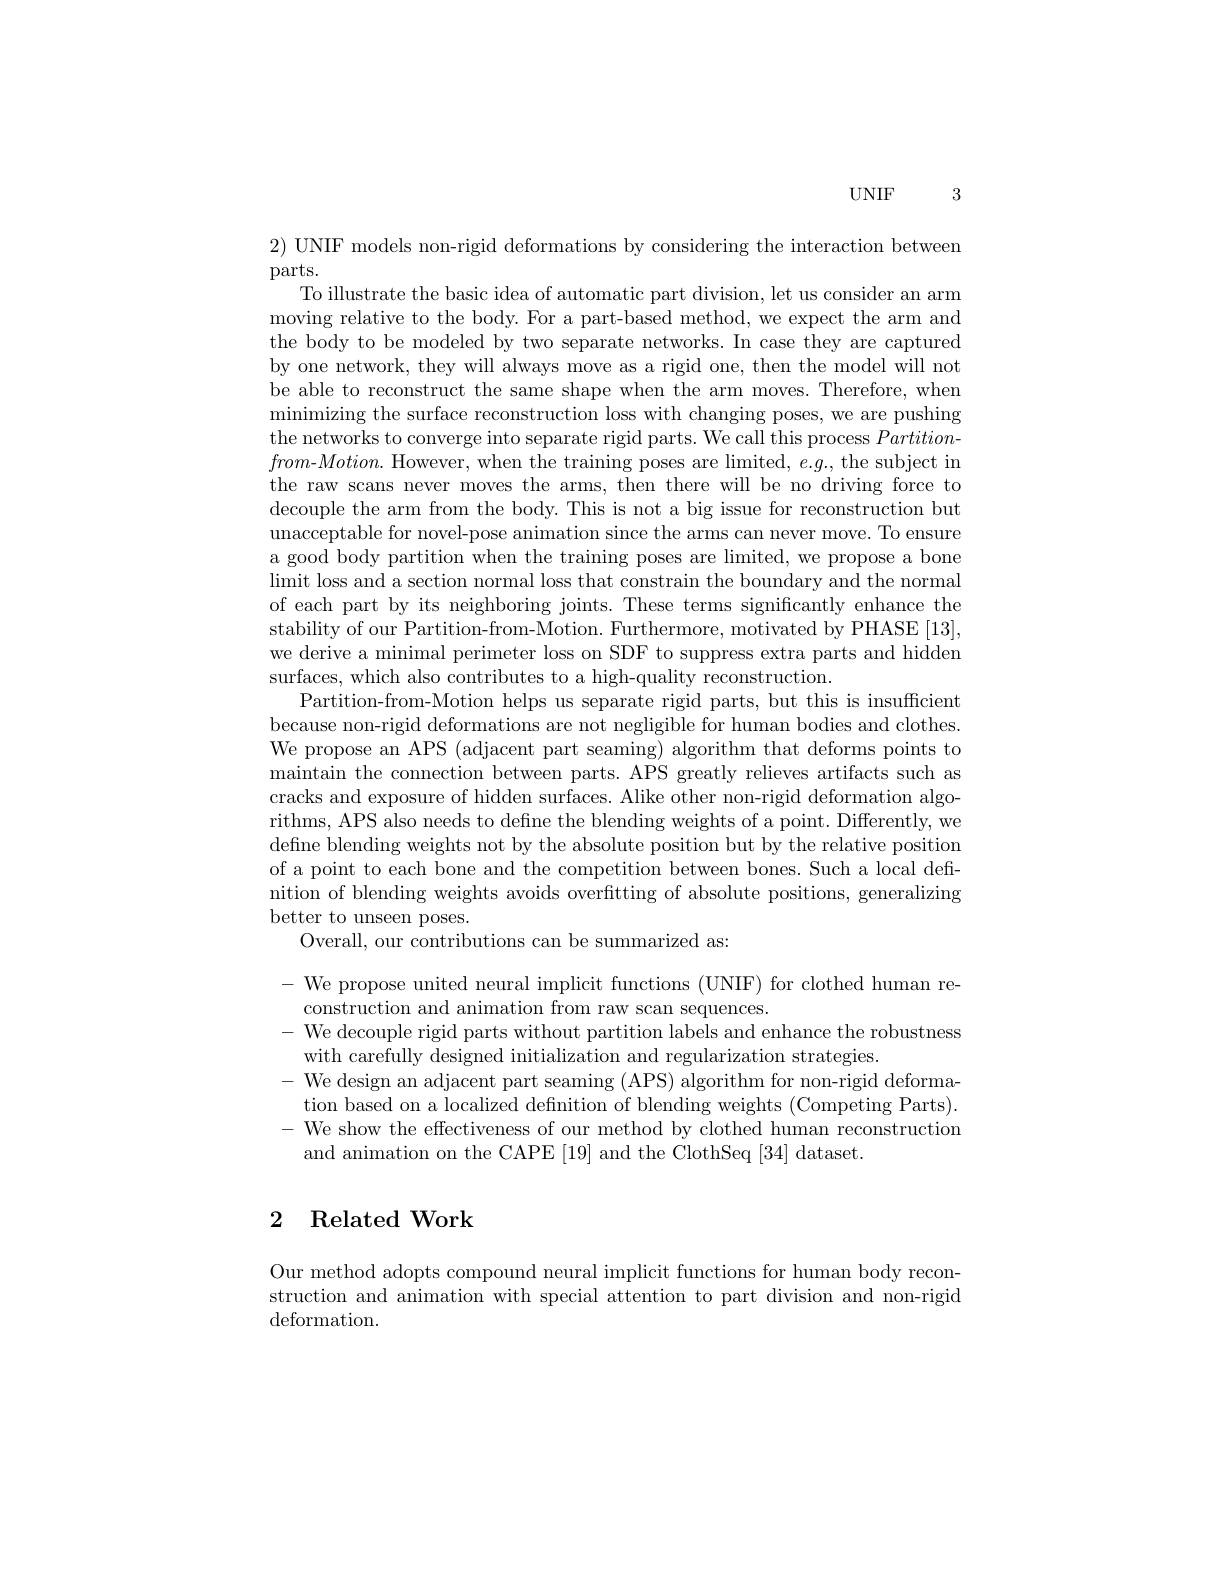
$UNIF3$

$2){\text{ UNIF models non-rigid deformations by considering the interaction between}}$
parts.
To illustrate the basic idea of automatic part division, let us consider an arm moving relative to the body. For a part-based method, we expect the arm and the body to be modeled by two separate networks. In case they are captured by one network, they will always move as a rigid one, then the model will not be able to reconstruct the same shape when the arm moves. Therefore, when minimizing the surface reconstruction loss with changing poses, we are pushing the networks to converge into separate rigid parts. We call this process $Partition-$ from-$Motion.$ However, when the training poses are limited, $e.g.$, the subject in the raw scans never moves the arms, then there will be no driving force to decouple the arm from the body. This is not a big issue for reconstruction but unacceptable for novel-pose animation since the arms can never move. To ensure a good body partition when the training poses are limited, we propose a bone limit loss and a section normal loss that constrain the boundary and the normal of each part by its neighboring joints. These terms significantly enhance the stability of our Partition-from-Motion. Furthermore, motivated by PHASE [13], we derive a minimal perimeter loss on SDF to suppress extra parts and hidden surfaces, which also contributes to a high-quality reconstruction.
Partition-from-Motion helps us separate rigid parts, but this is insufficient because non-rigid deformations are not negligible for human bodies and clothes. We propose an APS (adjacent part seaming) algorithm that deforms points to maintain the connection between parts. APS greatly relieves artifacts such as cracks and exposure of hidden surfaces. Alike other non-rigid deformation algorithms, APS also needs to define the blending weights of a point. Differently, we defne blending weights not by the absolute position but by the relative position of a point to each bone and the competition between bones. Such a local definition of blending weights avoids overfitting of absolute positions, generalizing better to unseen poses.
Overall, our contributions can be summarized as:

- We propose united neural implicit functions (UNIF) for clothed human re-
construction and animation from raw scan sequences.
- We decouple rigid parts without partition labels and enhance the robustness
with carefully designed initialization and regularization strategies.
- We design an adjacent part seaming (APS) algorithm for non-rigid deforma-
tion based on a localized definition of blending weights (Competing Parts). $-{\text{ We show the effectiveness of our method by clothed human reconstruction}}$
and animation on the CAPE [19] and the ClothSeq [34] dataset.

## 2 Related Work

Our method adopts compound neural implicit functions for human body reconstruction and animation with special attention to part division and non-rigid deformation.